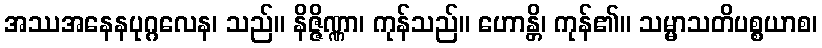
အဿအနေနပုဂ္ဂလေန၊ သည်။ နိဇ္ဇိဏ္ဏာ၊ ကုန်သည်။ ဟောန္တိ၊ ကုန်၏။ သမ္မာသတိပစ္စယာစ၊